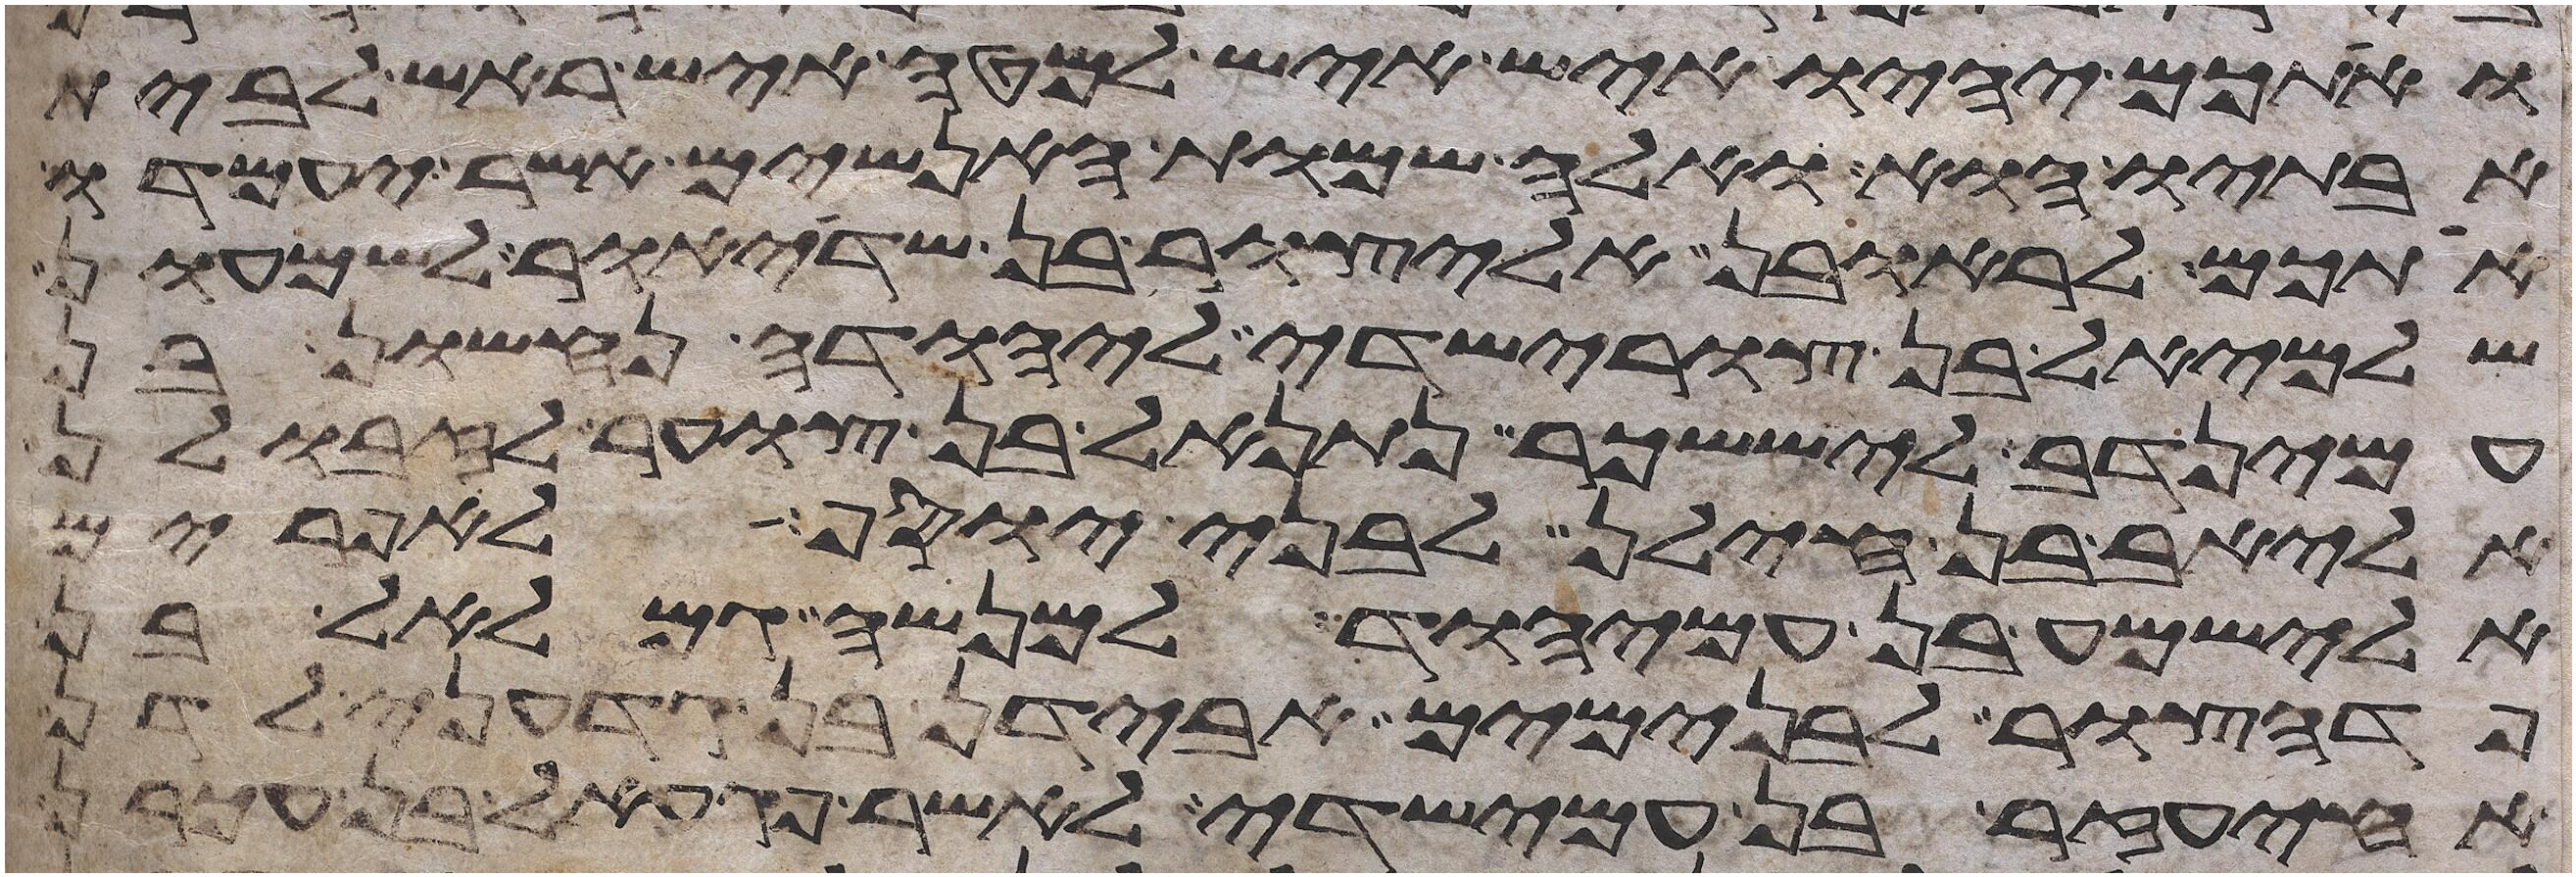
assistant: ואתכם יהיו איש איש למטה איש ראש לבית
אבתיו הוא ואלה שמות האנשים אשר יעמדו
אתכם לראובן אליצור בן שדיאור לשמעון
שלמיאל בן צורישדה ליהודה נחשון בן
עמינדב ליששכר נתנאל בן צוער לזבולן
אליאב בן חילן לבני יוסף לאפרים
אלישמע בן עמיהוד למנשה גמלאל בן
פדהצור לבנימים אבידן בן גדעוני לדן
אחיעזר בן עמישדי לאשר פגעאל בן עכרן